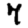
Digit: 7